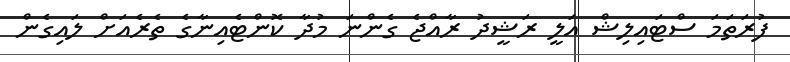
ފުރަތަމަ ސްޓައިލިޝް އަލީ ރަޝީދު ރާއްޖެ ގެންނަ މުދާ ކޮންޓެއިނާގެ ތެރެއަށް ލައިގެން